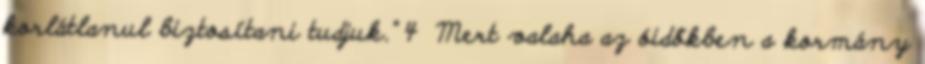
korlátlanul biztosítani tudjuk.” 4 Mert valaha az óidőkben a kormány